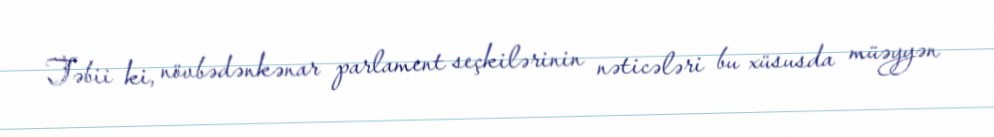
Təbii ki, növbədənkənar parlament seçkilərinin nəticələri bu xüsusda müəyyən